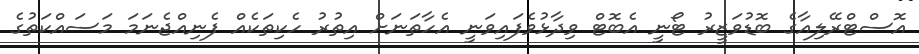
އޮސްޓްރޭލިއާގެ ބޮޑުވަޒީރު ޓޯނީ އެބޮޓް ވިދާޅުވެފައިވަނީ އެހާތަނަށް އިތުރު ހެކިތަކެއް ފެނިއްޖެނަމަ މަސައްކަތުގެ